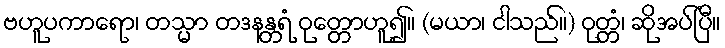
ဗဟူပကာရော၊ တသ္မာ တဒနန္တရံ ဝုတ္တောဟူ၍။ (မယာ၊ ငါသည်။) ဝုတ္တံ၊ ဆိုအပ်ပြီ။